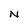
Character: N